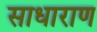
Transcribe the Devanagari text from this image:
साधाराण